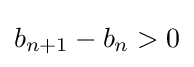
b_{n+1}-b_{n}>0